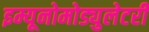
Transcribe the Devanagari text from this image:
इम्यूनोमोड्युलेटरी